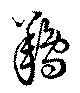
鴹